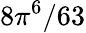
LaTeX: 8\pi^{6}/63